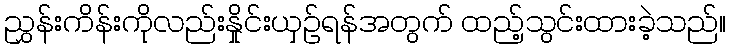
ညွှန်းကိန်းကိုလည်းနှိုင်းယှဉ်ရန်အတွက် ထည့်သွင်းထားခဲ့သည်။